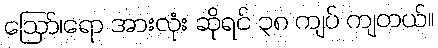
ဪ၊ရော အားလုံး ဆိုရင် ၃၈ ကျပ် ကျတယ်။